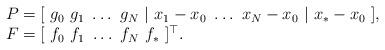
LaTeX: \begin{align*}\begin{array}{l}P=[\ g_0 \ g_1 \ \hdots \ g_N \ | \ x_1-x_0 \ \hdots \ x_N-x_0 \ | \ x_*-x_0\ ], \\F=[\ f_0 \ f_1 \ \hdots \ f_N \ f_* \ ]^\top.\end{array}\end{align*}